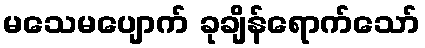
မသေမပျောက် ခုချိန်ရောက်သော်